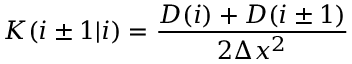
K ( i \pm 1 | i ) = \frac { D ( i ) + D ( i \pm 1 ) } { 2 \Delta x ^ { 2 } }